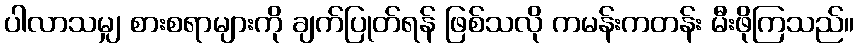
ပါလာသမျှ စားစရာများကို ချက်ပြုတ်ရန် ဖြစ်သလို ကမန်းကတန်း မီးဖိုကြသည်။